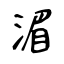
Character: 湄